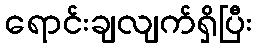
ရောင်းချလျက်ရှိပြီး